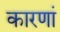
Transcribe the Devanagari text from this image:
कारणां